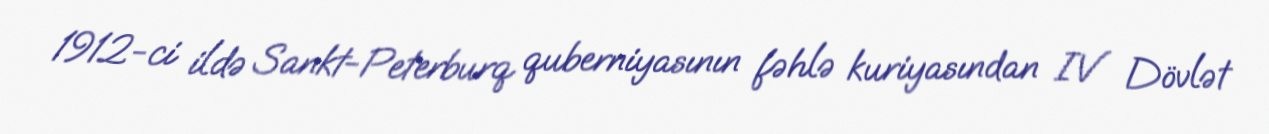
1912-ci ildə Sankt-Peterburq quberniyasının fəhlə kuriyasından IV Dövlət